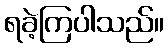
ရခဲ့ကြပါသည်။